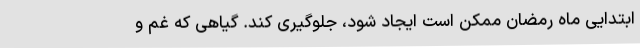
ابتدایی ماه رمضان ممکن است ایجاد شود، جلوگیری کند. گیاهی که غم و